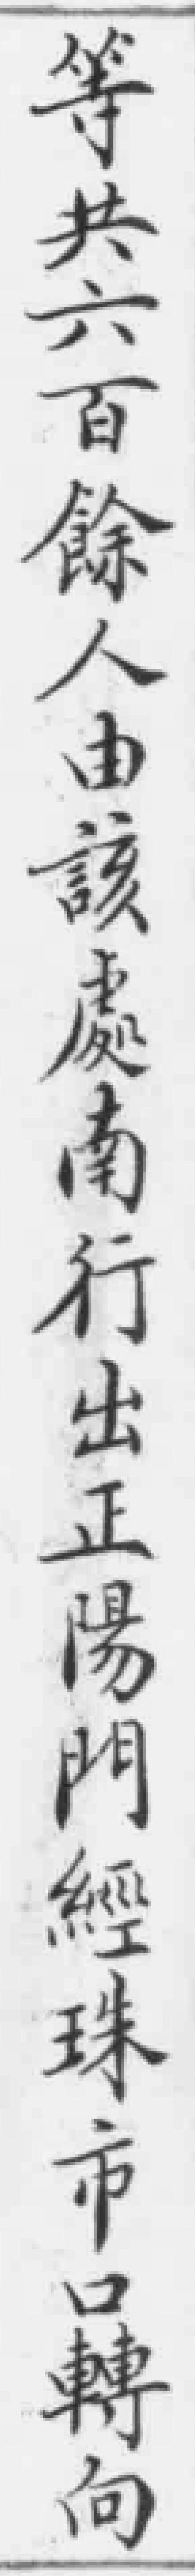
等共六百餘人由該處南行出正陽門經珠市口轉向